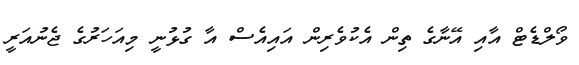
ވޯލްޑެޓް އާއި އޭނާގެ ތިން އެކުވެރިން އައިއެސް އާ ގުޅުނީ މިއަހަރުގެ ޖެނުއަރީ